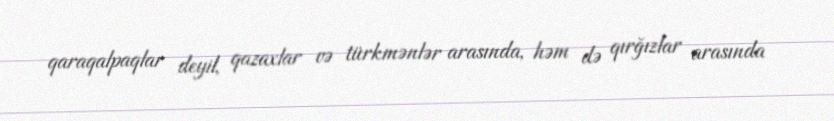
qaraqalpaqlar deyil, qazaxlar və türkmənlər arasında, həm də qırğızlar arasında